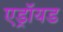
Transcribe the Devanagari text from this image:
एड्रॉयड